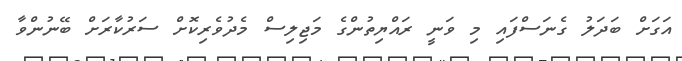
އަގަށް ބަދަލު ގެނަސްފައި މި ވަނީ ރައްޔިތުންގެ މަޖިލިސް މެދުވެރިކޮށް ސަރުކާރަށް ބޭނުންވާ